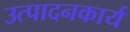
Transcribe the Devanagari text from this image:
उत्पादनकार्य